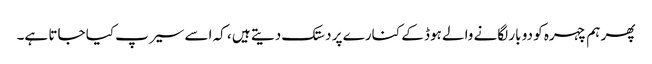
پھر ہم چہرہ کو دو بار لگانے والے ہوڈ کے کنارے پر دستک دیتے ہیں ، کہ اسے سیرپ کیا جاتا ہے۔